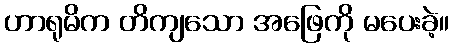
ဟာရုမိက တိကျသော အဖြေကို မပေးခဲ့။